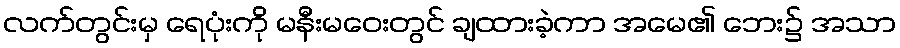
လက်တွင်းမှ ရေပုံးကို မနီးမဝေးတွင် ချထားခဲ့ကာ အမေ၏ ဘေး၌ အသာ